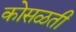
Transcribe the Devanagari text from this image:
कोसळती